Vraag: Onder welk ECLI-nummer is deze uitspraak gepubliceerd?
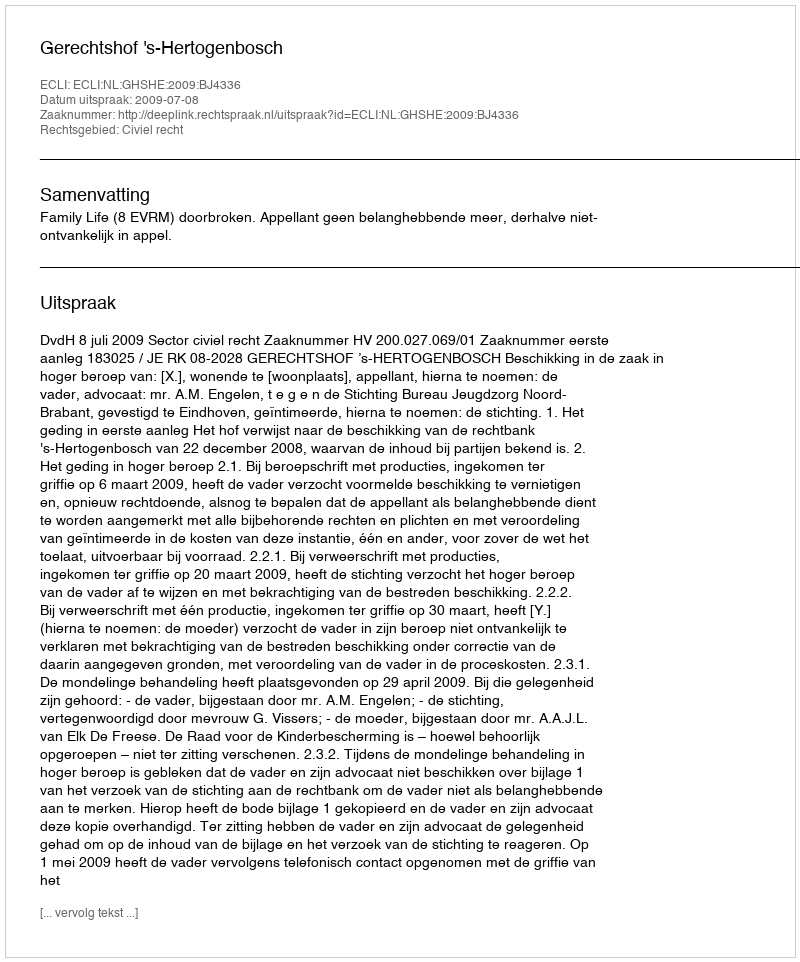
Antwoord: ECLI:NL:GHSHE:2009:BJ4336